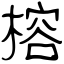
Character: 榕